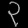
Digit: ၃